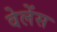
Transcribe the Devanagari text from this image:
वेलेंस